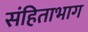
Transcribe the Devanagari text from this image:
संहिताभाग